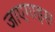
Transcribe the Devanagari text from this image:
जाएगाइस